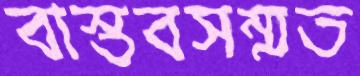
বাস্তবসম্মত